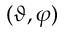
( \vartheta , \varphi )